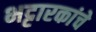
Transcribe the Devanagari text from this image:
भट्टारकांचे